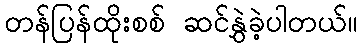
တန်ပြန်ထိုးစစ် ဆင်နွှဲခဲ့ပါတယ်။